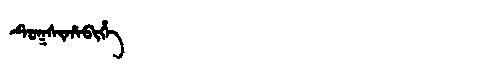
Manchu: ᡨᡠᡴᠰᡳᡥᠠᠪᡳᡥᡝ
Romanization: TUKSIHABIHE